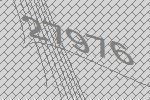
27976